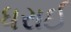
ધરાઈ